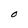
Character: O